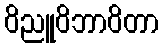
ဝိညူဝိဘာဝိတာ